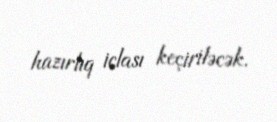
hazırlıq iclası keçiriləcək.